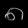
Digit: ၈